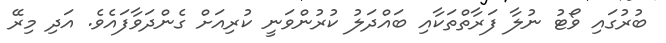
ބުރުގައި ވޯޓު ނުލާ ފަރާތްތަކާއި ބައްދަލު ކުރުންވަނީ ކުރިއަށް ގެންދަވާފައެވެ. އަދި މިރޭ